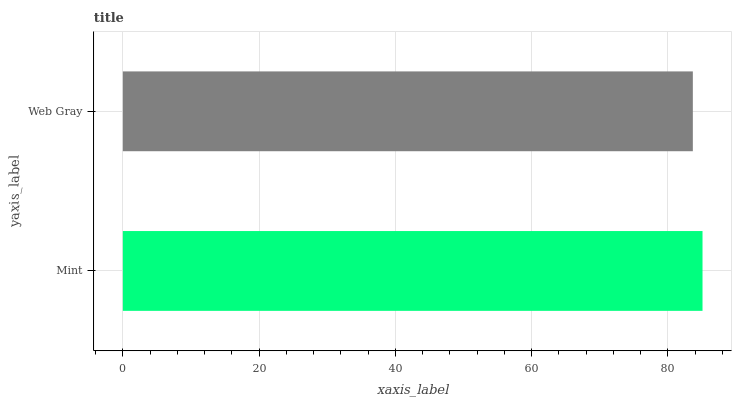
| yaxis_label | bars |
 | --- | --- |
 | Mint | 85.1 |
 | Web Gray | 83.7 |